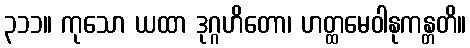
၃၁၁။ ကုသော ယထာ ဒုဂ္ဂဟိတော၊ ဟတ္ထမေဝါနုကန္တတိ။